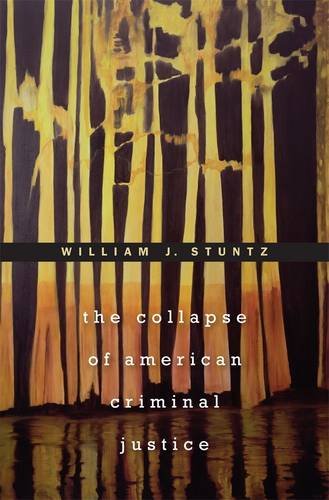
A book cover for The Collapse of American Criminal Justice; William J. Stuntz; Law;